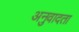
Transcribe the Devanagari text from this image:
अनुवादता